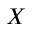
X